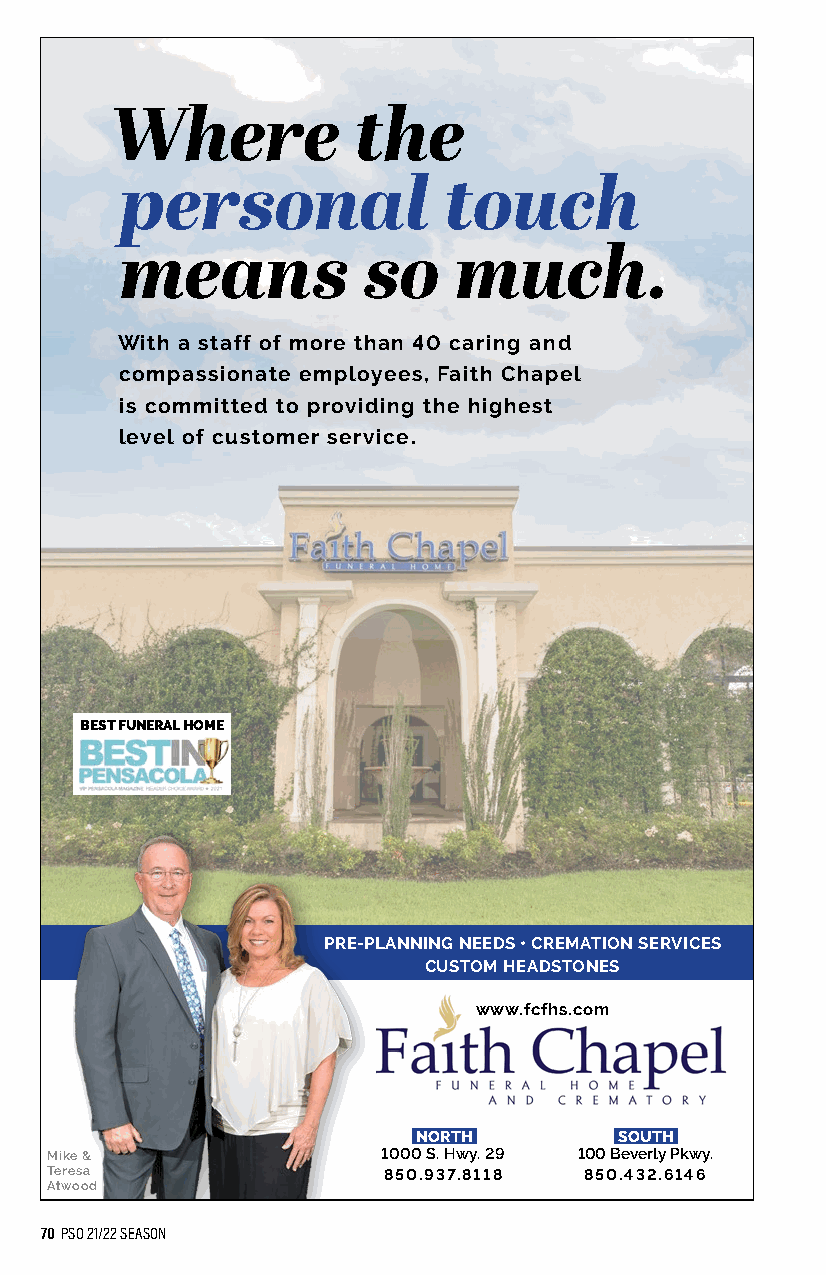
Where           the
 personal             touch
 means           so    much.
 With a staff of more than 40 caring and
 compassionate employees, Faith Chapel
 is committed to providing the highest
 level of customer service.
 BEST FUNERAL HOME
 PRE-PLANNING NEEDS • CREMATION SERVICES
 CUSTOM HEADSTONES
 www.fcfhs.com
 NORTH        SOUTH
 Mike &                1000 S. Hwy. 29 100 Beverly Pkwy.
 Teresa                850.937.8118  850.432.6146
 Atwood
 70 PSO 21/22 SEASON